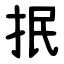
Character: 抿